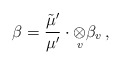
\begin{align*} \beta=\frac{\tilde\mu'}{\mu'}\cdot\underset{v}\otimes\beta_v\, , \end{align*}